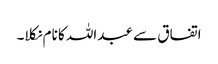
اتفاق سے عبداللہ کا نام نکلا۔